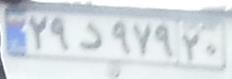
۲۹د۹۷۹۲۰